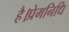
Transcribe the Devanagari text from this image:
है।प्रेमनिधि